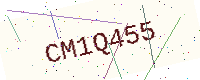
Text: CM1Q455